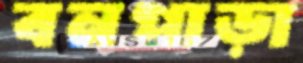
বনপাড়া